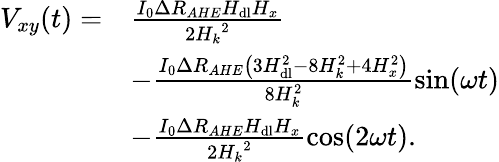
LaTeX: \begin{array}{rl}{V_{xy}(t)=}&{\frac{I_{0}\Delta R_{AHE}H_{\mathrm{dl}}H_{x}}{2{H_{k}}^{2}}}\\ &{-\frac{I_{0}\Delta R_{AHE}\left(3H_{\mathrm{dl}}^{2}-8H_{k}^{2}+4H_{x}^{2}\right)}{8H_{k}^{2}}\sin(\omega t)}\\ &{-\frac{I_{0}\Delta R_{AHE}H_{\mathrm{dl}}H_{x}}{2{H_{k}}^{2}}\cos(2\omega t).}\end{array}